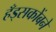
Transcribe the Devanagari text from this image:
हँड्सकोंबने